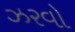
ઝરવો